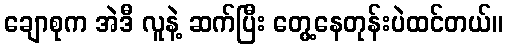
ချောစုက အဲဒီ လူနဲ့ ဆက်ပြီး တွေ့နေတုန်းပဲထင်တယ်။